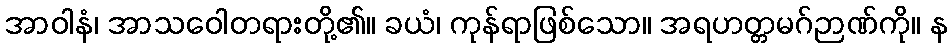
အာဝါနံ၊ အာသဝေါတရားတို့၏။ ခယံ၊ ကုန်ရာဖြစ်သော။ အရဟတ္တမဂ်ဉာဏ်ကို။ န